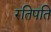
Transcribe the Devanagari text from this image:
रतिपति